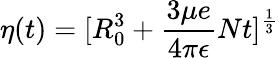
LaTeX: \eta(t)=[R_{0}^{3}+\frac{3\mu e}{4\pi\epsilon}Nt]^{\frac{1}{3}}